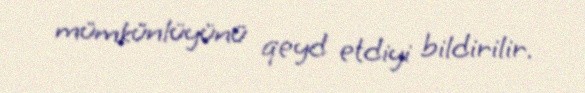
mümkünlüyünü qeyd etdiyi bildirilir.